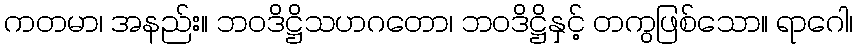
ကတမာ၊ အနည်း။ ဘဝဒိဋ္ဌိသဟဂတော၊ ဘဝဒိဋ္ဌိနှင့် တကွဖြစ်သော။ ရာဂေါ၊